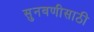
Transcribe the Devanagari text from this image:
सुनवणीसाठी